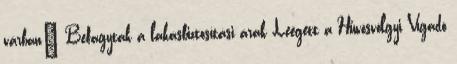
várban" Befagytak a lakásbiztosítási árak Leégett a Hűvösvölgyi Vigadó